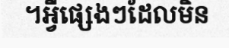
។អ្វីផ្សេងៗដែលមិន